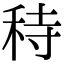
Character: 秲